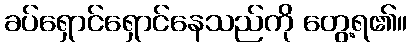
ခပ်ရှောင်ရှောင်နေသည်ကို တွေ့ရ၏။